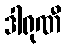
ဒါရုဏီ